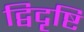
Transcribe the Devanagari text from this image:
द्विदृष्टि